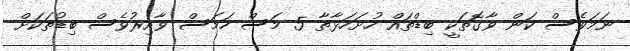
ނަމަވެސް ކަން ވާގޮތަކީ ބިޑްތައް ހުށަހަޅާތާ 5 މަސް ހަމަސް ވާއިރުވެސް ބިޑުތަކަށް